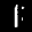
Label: 1